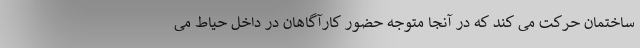
ساختمان حرکت می کند که در آنجا متوجه حضور کارآگاهان در داخل حیاط می